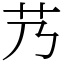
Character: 艿